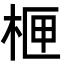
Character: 㭱